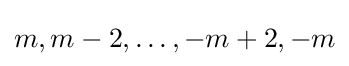
m,m-2,\ldots ,-m+2,-m